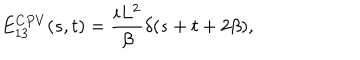
LaTeX: E _ { 1 3 } ^ { C P V } ( s , t ) = { \frac { i L ^ { 2 } } { \beta } } \delta ( s + t + 2 \beta ) ,